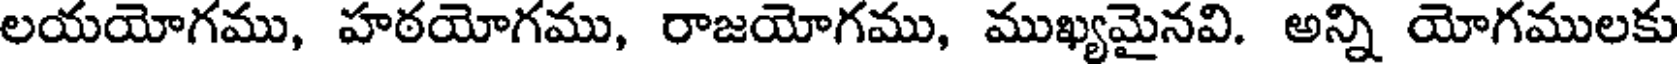
లయయోగము, హఠయోగము, రాజయోగము, ముఖ్యమైనవి. అన్ని యోగములకు